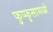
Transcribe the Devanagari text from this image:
फुप्फुसामध्ये